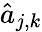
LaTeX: \hat{a}_{j,k}